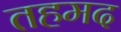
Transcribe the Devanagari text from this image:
तहमद